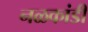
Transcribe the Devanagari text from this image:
नळकांडी